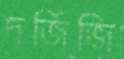
দর্জিজি